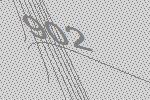
902